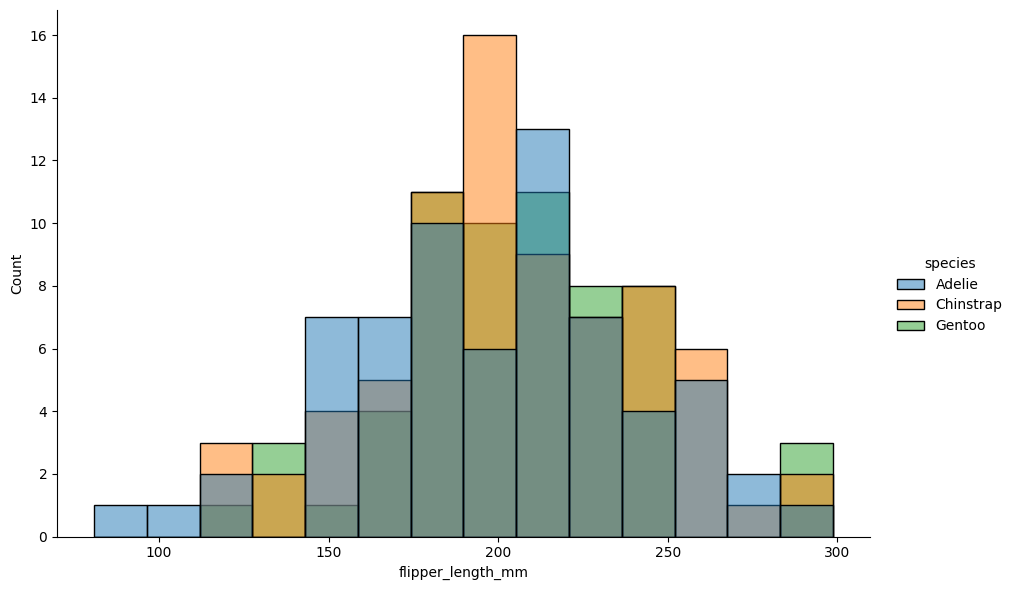
python, seaborn, displot, kind='hist', column='flipper_length_mm', hue='species', height=6, aspect=1.5